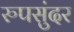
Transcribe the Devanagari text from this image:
रुपसुंदर